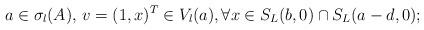
LaTeX: \begin{align*} a\in \sigma_l(A),\,v=(1,x)^T\in V_l(a), \forall x\in S_L(b,0)\cap S_L(a-d,0);\end{align*}